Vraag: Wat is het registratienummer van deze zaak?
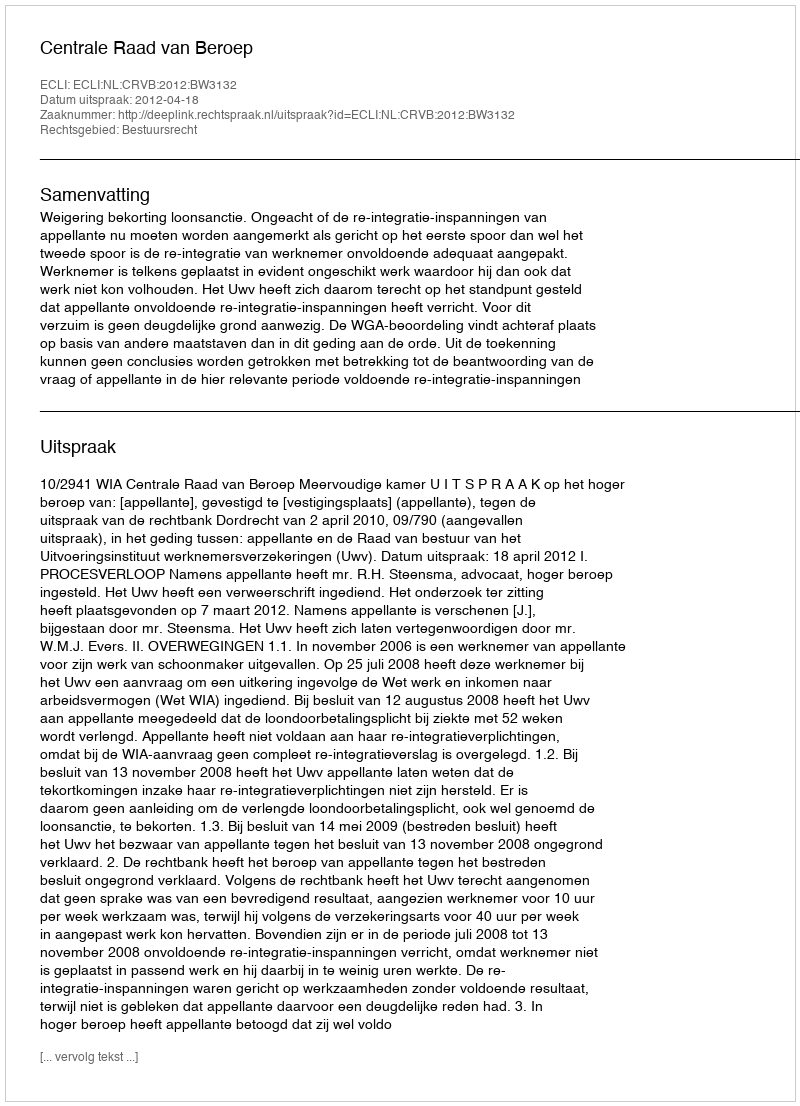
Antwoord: http://deeplink.rechtspraak.nl/uitspraak?id=ECLI:NL:CRVB:2012:BW3132